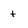
Character: t